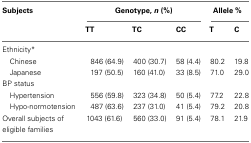
<table><thead><tr><td><b>Subjects</b></td><td colspan="3"><b>Genotype, <i>n</i> (%)</b></td><td colspan="2"><b>Allele %</b></td></tr><tr><td></td><td><b>TT</b></td><td><b>TC</b></td><td><b>CC</b></td><td><b>T</b></td><td><b>C</b></td></tr></thead><tbody><tr><td>Ethnicity*</td></tr><tr><td> Chinese</td><td>846 (64.9)</td><td>400 (30.7)</td><td>58 (4.4)</td><td>80.2</td><td>19.8</td></tr><tr><td> Japanese</td><td>197 (50.5)</td><td>160 (41.0)</td><td>33 (8.5)</td><td>71.0</td><td>29.0</td></tr><tr><td>BP status</td></tr><tr><td> Hypertension</td><td>556 (59.8)</td><td>323 (34.8)</td><td>50 (5.4)</td><td>77.2</td><td>22.8</td></tr><tr><td> Hypo-normotension</td><td>487 (63.6)</td><td>237 (31.0)</td><td>41 (5.4)</td><td>79.2</td><td>20.8</td></tr><tr><td>Overall subjects of eligible families</td><td>1043 (61.6)</td><td>560 (33.0)</td><td>91 (5.4)</td><td>78.1</td><td>21.9</td></tr></tbody></table>